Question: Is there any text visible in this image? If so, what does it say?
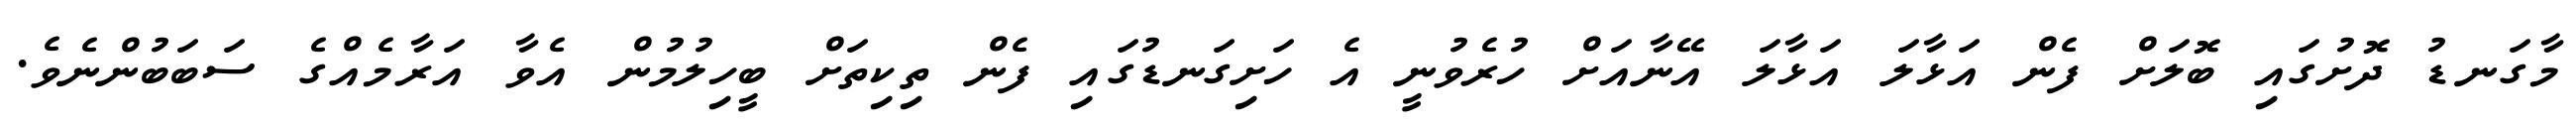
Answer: މާގަނޑު ދޮށުގައި ބޮލަށް ފެން އަޅާލަ އަޅާލަ އޭނާއަށް ހުރެވުނީ އެ ހަށިގަނޑުގައި ފެން ތިކިތަށް ބީހިލުމުން އެވާ އަރާމެއްގެ ސަބަބުންނެވެ.